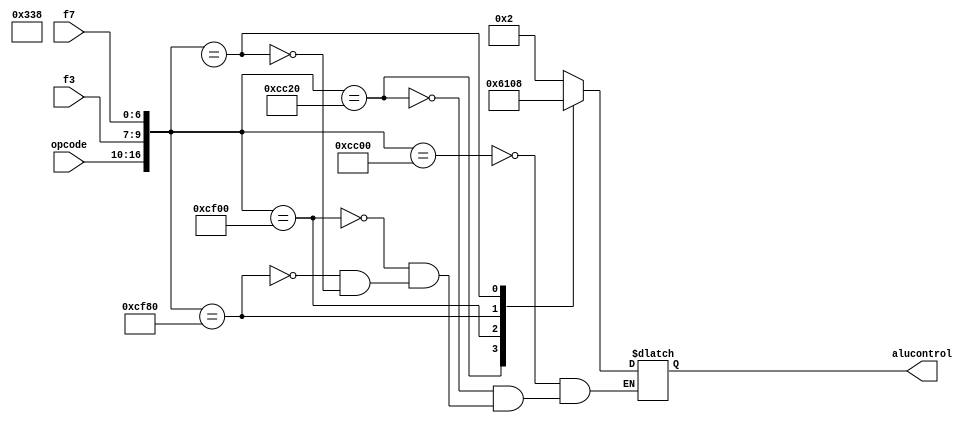
module alu_control(opcode,f3,f7,alucontrol);
input [6:0] opcode;
input [2:0] f3;
input [6:0] f7;
output reg [3:0]alucontrol;
always@(*)
begin
    case({opcode,f3,f7})
    17'b01100110000000000: alucontrol = 4'b0010;
    17'b01100110000100000: alucontrol = 4'b0110;
    17'b01100111100000000: alucontrol = 4'b0001;
    17'b01100111110000000: alucontrol = 4'b0000;
    17'b1100111000xxxxxxx: alucontrol = 4'b1000;
    endcase
end
endmodule